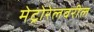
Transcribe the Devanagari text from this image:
मेट्रोरेलवरील